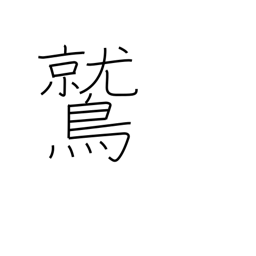
Meaning: eagle